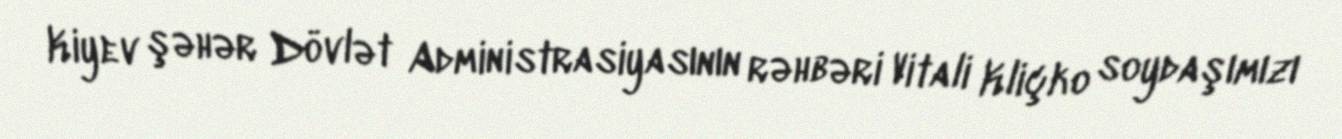
Kiyev şəhər Dövlət Administrasiyasının rəhbəri Vitali Kliçko soydaşımızı